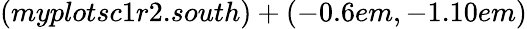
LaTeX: (myplotsc1r2.south)+(-0.6em,-1.10em)